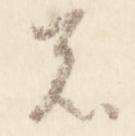
者